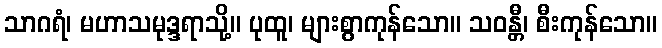
သာဂရံ၊ မဟာသမုဒ္ဒရာသို့။ ပုထူ၊ များစွာကုန်သော။ သဝန္တီ၊ စီးကုန်သော။